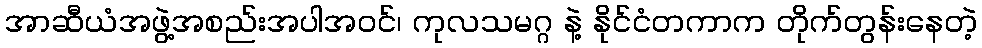
အာဆီယံအဖွဲ့အစည်းအပါအဝင်၊ ကုလသမဂ္ဂ နဲ့ နိုင်ငံတကာက တိုက်တွန်းနေတဲ့